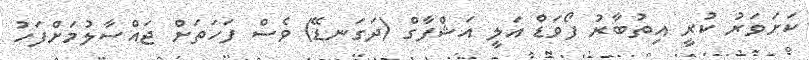
ކަށަވަރު ކުރީ އިތުބާރު ފޯވަޑް އަލީ އަޝްފާގް (ދަގަނޑޭ) ވެސް ފަހަތަށް ޖައްސާލުމަށްފަހު